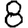
Digit: 8